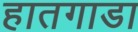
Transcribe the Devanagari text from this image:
हातगाडा